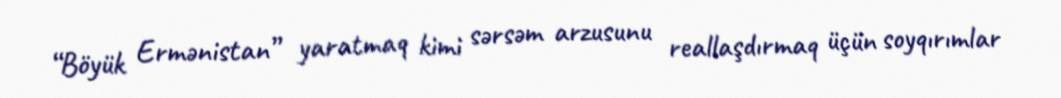
“Böyük Ermənistan” yaratmaq kimi sərsəm arzusunu reallaşdırmaq üçün soyqırımlar